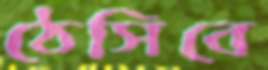
ঠেসিবে